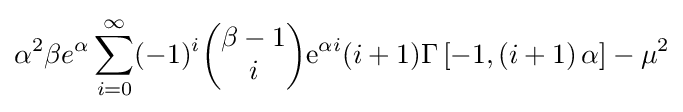
\alpha ^{2}\beta e^{\alpha }\sum _{i=0}^{\infty }(-1)^{i}{\begin{pmatrix}\beta -1\\i\end{pmatrix}}\mathrm {e} ^{\alpha i}(i+1)\Gamma \left[-1,\left(i+1\right)\alpha \right]-\mu ^{2}